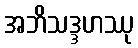
အဘိသဒ္ဒဟဿု